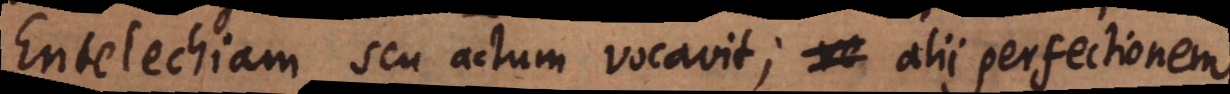
Entelechiam seu actum vocavit; re alii perfectionem